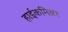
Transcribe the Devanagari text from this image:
हाईकमिश्नर